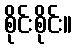
စိုင်းစိုင်း။